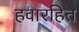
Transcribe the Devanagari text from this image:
हवारहित